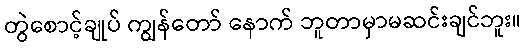
တွဲစောင့်ချုပ် ကျွန်တော် နောက် ဘူတာမှာမဆင်းချင်ဘူး။